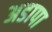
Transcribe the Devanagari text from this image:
अडापा